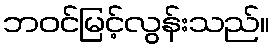
ဘဝင်မြင့်လွန်းသည်။